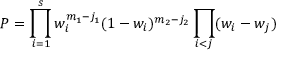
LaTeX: { \cal P } = \prod _ { i = 1 } ^ { s } w _ { i } ^ { m _ { 1 } - j _ { 1 } } ( 1 - w _ { i } ) ^ { m _ { 2 } - j _ { 2 } } \prod _ { i < j } ( w _ { i } - w _ { j } )